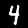
Digit: 4